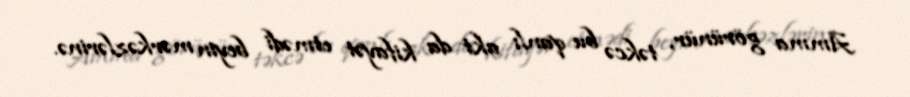
Amma görünür, təkcə bu qanlı akt da kifayət etmədi beyin mərkəzlərinə.